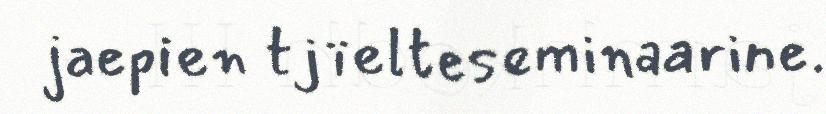
jaepien tjïelteseminaarine.